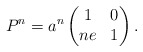
\begin{align*}P^n = a^n \begin{pmatrix}1 & 0 \\ ne & 1\end{pmatrix}.\end{align*}